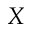
X